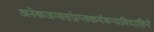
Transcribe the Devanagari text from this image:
अनेकजन्मसंप्राप्तकर्मबन्धविदाहिने